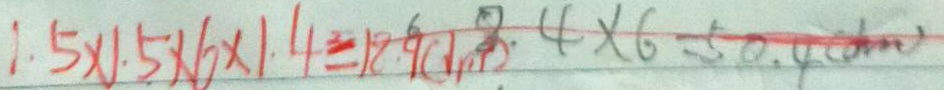
1 . 5 \times 1 . 5 \times 6 \times 1 . 4 = 1 8 . 9 ( 1 m ) 8 . 4 \times 6 = 5 0 . 4 ( d m )